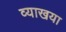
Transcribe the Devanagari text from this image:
व्याखया